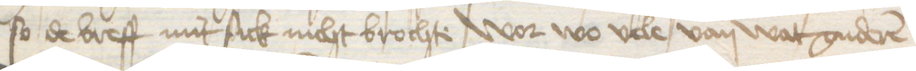
so de breff mit sick nicht brochte wor wo vele van wat guderen